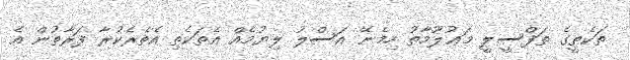
ތަކެތީގެ ތަފްސީލީ މަޢުލޫމާތު ހިމެނޭ އަސްލު ލިޔުމެއް އެތަކެތި އެތެރެކުރާ ފަރާތުން އެ